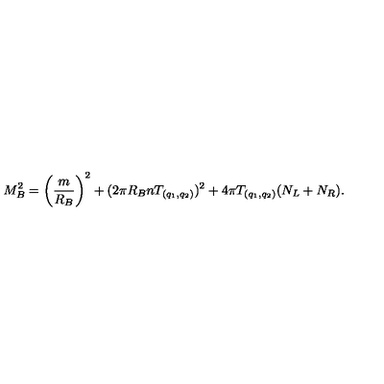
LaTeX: M _ { B } ^ { 2 } = \left( { \frac { m } { R _ { B } } } \right) ^ { 2 } + ( 2 \pi R _ { B } n T _ { ( q _ { 1 } , q _ { 2 } ) } ) ^ { 2 } + 4 \pi T _ { ( q _ { 1 } , q _ { 2 } ) } ( N _ { L } + N _ { R } ) .